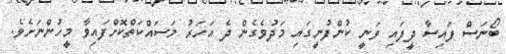
ބޯނަސް ފައިސާ ދީފައި ވަނީ ކުންފުނީގައި މަދުވެގެން ދެ އަހަރު މަސައްކަތްކޮށްފައިވާ މީހުންނަށެވެ.